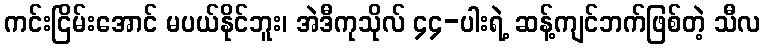
ကင်းငြိမ်းအောင် မပယ်နိုင်ဘူး၊ အဲဒီကုသိုလ် ၄၄-ပါးရဲ့ ဆန့်ကျင်ဘက်ဖြစ်တဲ့ သီလ